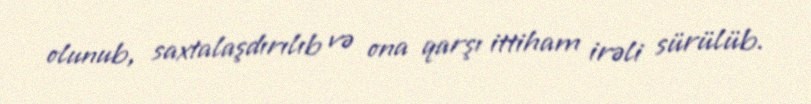
olunub, saxtalaşdırılıb və ona qarşı ittiham irəli sürülüb.